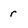
Character: r